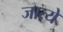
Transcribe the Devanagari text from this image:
जात्ये